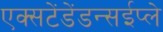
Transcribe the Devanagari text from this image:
एक्सटेंडेंडन्सईप्ले